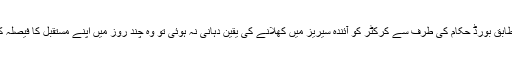
ذرائع کے مطابق بورڈ حکام کی طرف سے کرکٹر کو آئندہ سیریز میں کھلانے کی یقین دہانی نہ ہوئی تو وہ چند روز میں اپنے مستقبل کا فیصلہ کرسکتے ہیں۔